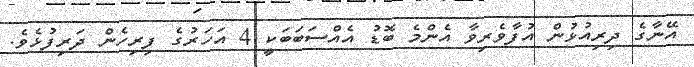
އޭނާގެ ދިރިއުޅުން އުފާވެރިވާ އެންމެ ބޮޑު އެއްސަބަބަކީ 4 އަހަރުގެ ފިރިހެން ދަރިފުޅެވެ.